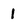
Character: 1